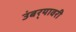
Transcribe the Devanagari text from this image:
उंबर्‍यावरी